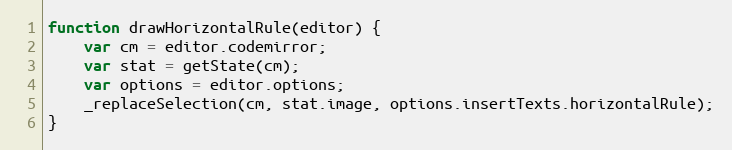
Language: JavaScript
function drawHorizontalRule(editor) {
	var cm = editor.codemirror;
	var stat = getState(cm);
	var options = editor.options;
	_replaceSelection(cm, stat.image, options.insertTexts.horizontalRule);
}